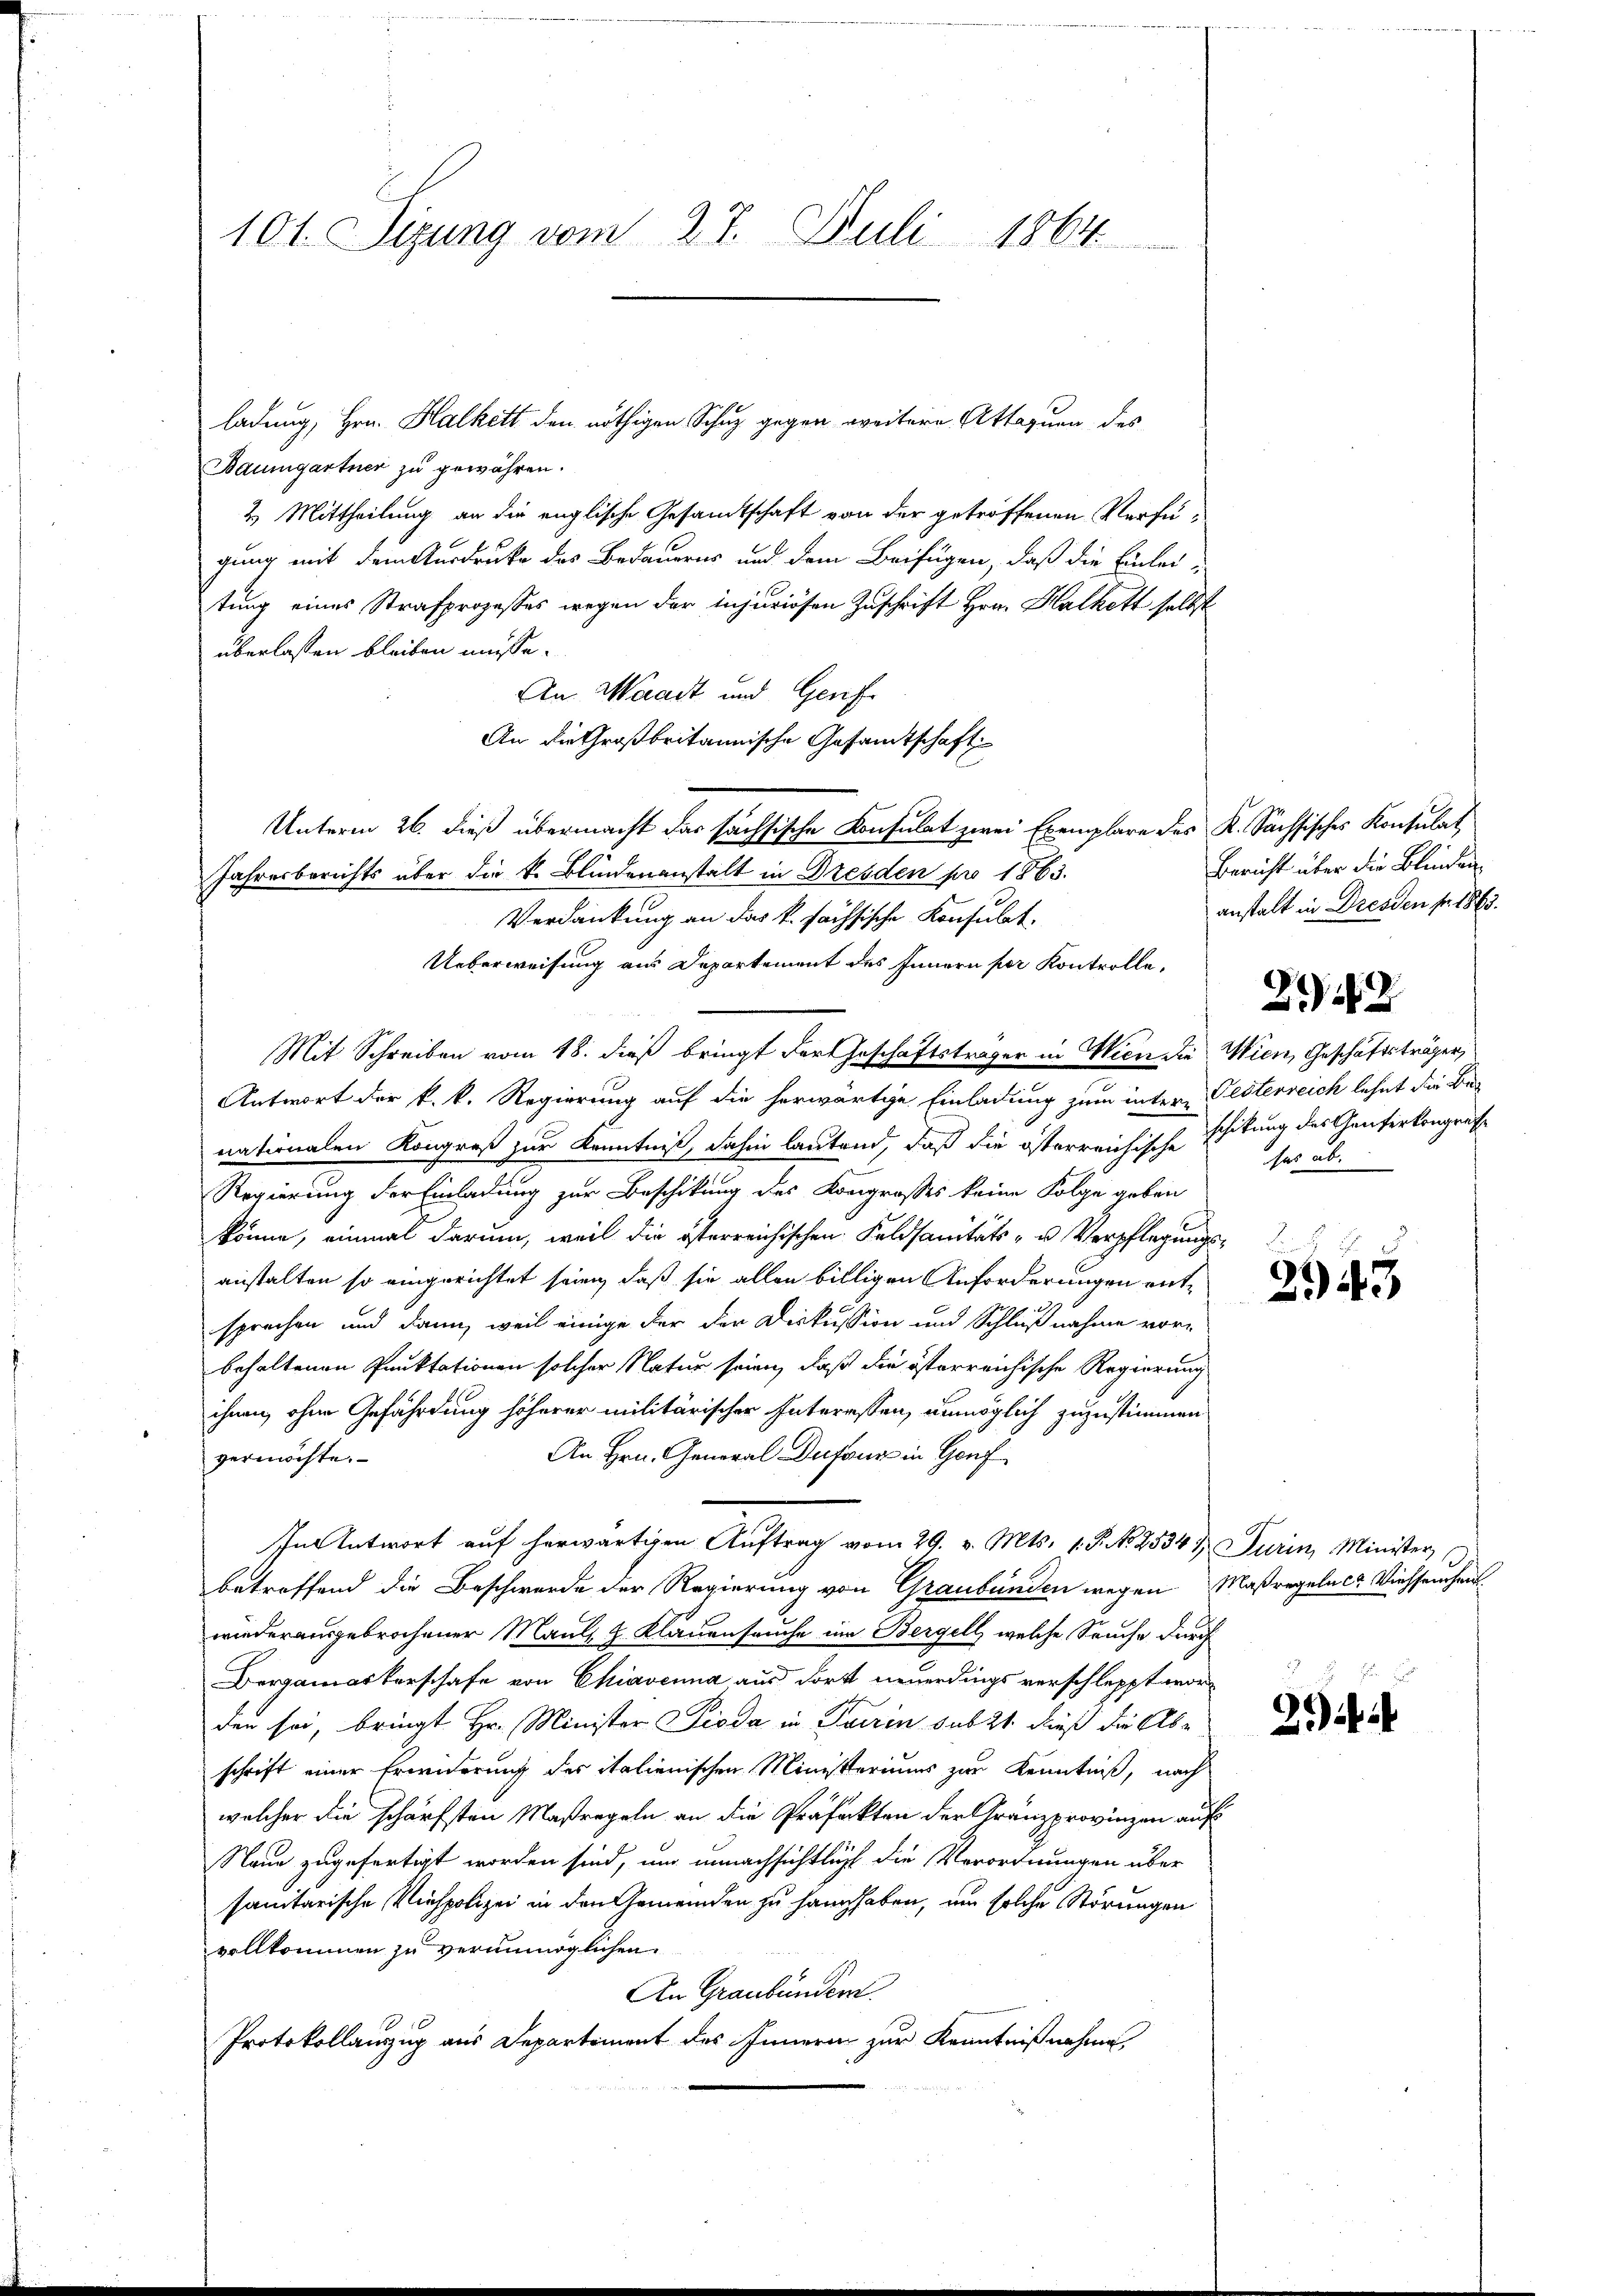
101. Sizung vom 27. Juli 1864

ladung, Hrn. Halkett den nöthigen Schuz gegen weitere Attaquen des
Baumgartner zu gewähren.
2. Mittheilung an die englische Gesamtschaft von der getroffenen Verfügung mit dem Ausdrucke des Bedauerns und dem Beifügen, daß die Einleitung eines Strafprozesses wegen der injuriosen Zuschrift Hrn. Halkett selbst
überlassen bleiben müsse.
An Waadt und Genf
An die Großbritannische Gesandtschaft
Unterm 26. dieß übermacht das sächsische Konsulat zwei Exemplare des K. Sachsisches Konsulat
Jahresberichts über die k. Blindenanstalt in Dresden pro 1863.
Verdankung an das k. sächsische Konsulat.
Ueberweisung am Departement des Innern per Kontrolle,
Antwort der k. k. Regierung auf die herwärtige Einladung zum intern Glöterreich lehnt die Be-
nationalen Kongreß zur Kenntniß, dahin lautend, daß die österreichische Echtung des Ganterkongruf-
Regierung der Einladung zur Beschikung des Kongrosses keine Folge geben
könne, einmal darum, weil die österreichischen Feldsanitäts- u Verpflegungsanstalten so eingerichtet sein, daß sie allen billigen Anforderungen entsprechen und dann, weil einige der der Diskussion und Schlußnahme vorbehaltenen Punktationen solcher Natur seien, daß die österreichische Regierung
ihnen, ohne Gefährdung höherer militärischer Interessen, unmöglich zuzustimmen
An Hrn. General Dufang in Gou
vermöchte.
In Antwort auf herwärtigen Auftrag vom 29. v. Mts. 1. P. Nr. 2534 & Turin, Minister
betreffend die Beschwerde der Regierung von Graubünden wegen Maßregelach Viehseuchen
wiederausgebrochener Maul, H. Klauenseuche im Bergell, welche Seuche durch
Bergamasterschafe von Chiavenna aus dort neuerdings verschleppt worden sei, bringt Hr. Minister Pioda in Turin sub 21. dieß die Abschrift einer Erwiderung des italienischen Ministeriums zur Kenntniß, nach
welcher die schärfsten Maßregeln an die Präfekten der Gränzprovinzen auf
Naue zugefertigt worden sind, um unnachsichtlich die Verordnungen über
sanitarische Viehpolizei in den Gemeinden zu handhaben, um solche Störungen
vollkommen zu verunmöglichen
An Graubünden.
Protokollauszug aus Departiment des Innern zur Kenntnißnahme

Mit Schreiben vom 18. dieß bringt der Geschäftsträger in Wien die Wien, Geschäftsträger,

Bericht über die Blinden
anstalt in Dresden fr. 1863.

22

ses ab.

Licht
2943

2